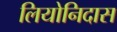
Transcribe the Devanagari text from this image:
लियोनिदास